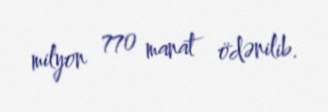
milyon 770 manat ödənilib.